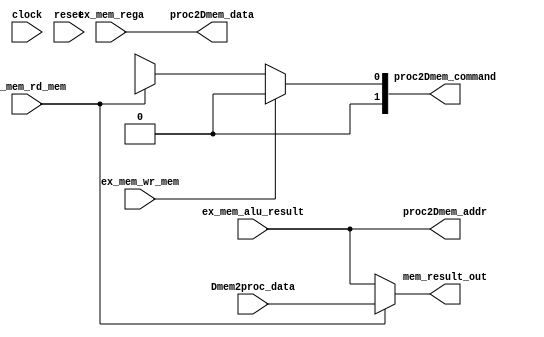
module mem_stage(
    input         clock,              // system clock
    input         reset,              // system reset
    input  [63:0] ex_mem_rega,        // regA value from reg file (store data)
    input  [63:0] ex_mem_alu_result,  // incoming ALU result from EX
    input         ex_mem_rd_mem,      // read memory? (from decoder)
    input         ex_mem_wr_mem,      // write memory? (from decoder)
    input  [63:0] Dmem2proc_data,

    output [63:0] mem_result_out,      // outgoing instruction result (to MEM/WB)
    output [1:0] proc2Dmem_command,
    output [63:0] proc2Dmem_addr,      // Address sent to data-memory
    output [63:0] proc2Dmem_data      // Data sent to data-memory
  );



  // Determine the command that must be sent to mem
  assign proc2Dmem_command =
                            ex_mem_wr_mem  ? BUS_STORE :
                            ex_mem_rd_mem  ? BUS_LOAD :
                            BUS_NONE;

  // The memory address is calculated by the ALU
  assign proc2Dmem_data = ex_mem_rega;

  assign proc2Dmem_addr = ex_mem_alu_result;

  // Assign the result-out for next stage
  assign mem_result_out = (ex_mem_rd_mem) ? Dmem2proc_data : ex_mem_alu_result;

endmodule